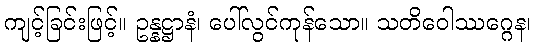
ကျင့်ခြင်းဖြင့်။ ဥန္နဋ္ဌာနံ၊ ပေါ်လွင်ကုန်သော။ သတိဝေါဿဂ္ဂေန၊